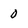
Character: 0